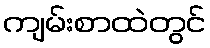
ကျမ်းစာထဲတွင်